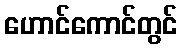
ဟောင်ကောင်တွင်